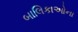
બાલિકાઓના